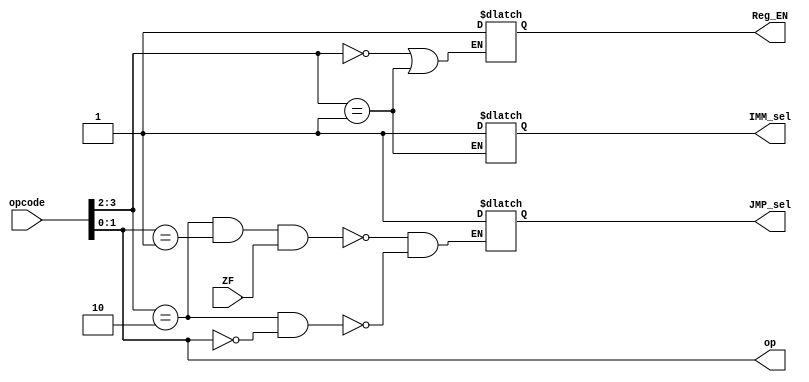
module ControlUnit (
input [3:0] opcode ,
input ZF,
output reg IMM_sel, 
output reg JMP_sel,
output [1:0] op,
output reg Reg_EN
);


reg [1:0] typ;
assign op=opcode[1:0];

always @ *
begin
    typ=opcode[3:2];
    if(typ==2'b00 || typ==2'b01)
        Reg_EN=1;
    
    if(typ==2'b01)
        IMM_sel=1;

    if(typ==2'b10 && op==2'b00)
        JMP_sel=1;
    
    if(typ==2'b10 && op==2'b01 && ZF==1)
        JMP_sel=1;
          
end


endmodule